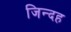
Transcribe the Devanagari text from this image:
जिन्दह